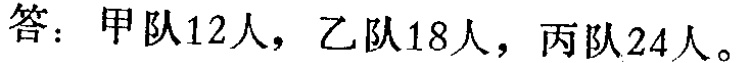
答：甲队12人，乙队18人，丙队24人。